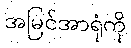
အမြင်အာရုံကို